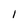
Character: l